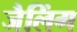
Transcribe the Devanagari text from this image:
जैलिंग